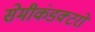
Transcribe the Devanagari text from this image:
सेमीकंडक्टरों